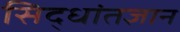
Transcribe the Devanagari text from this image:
सिद्धांतज्ञान